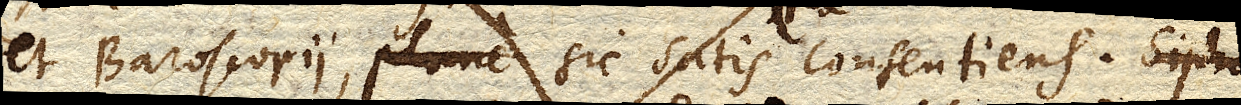
et Baroscopii, plane sic satis consentiens. Sipho